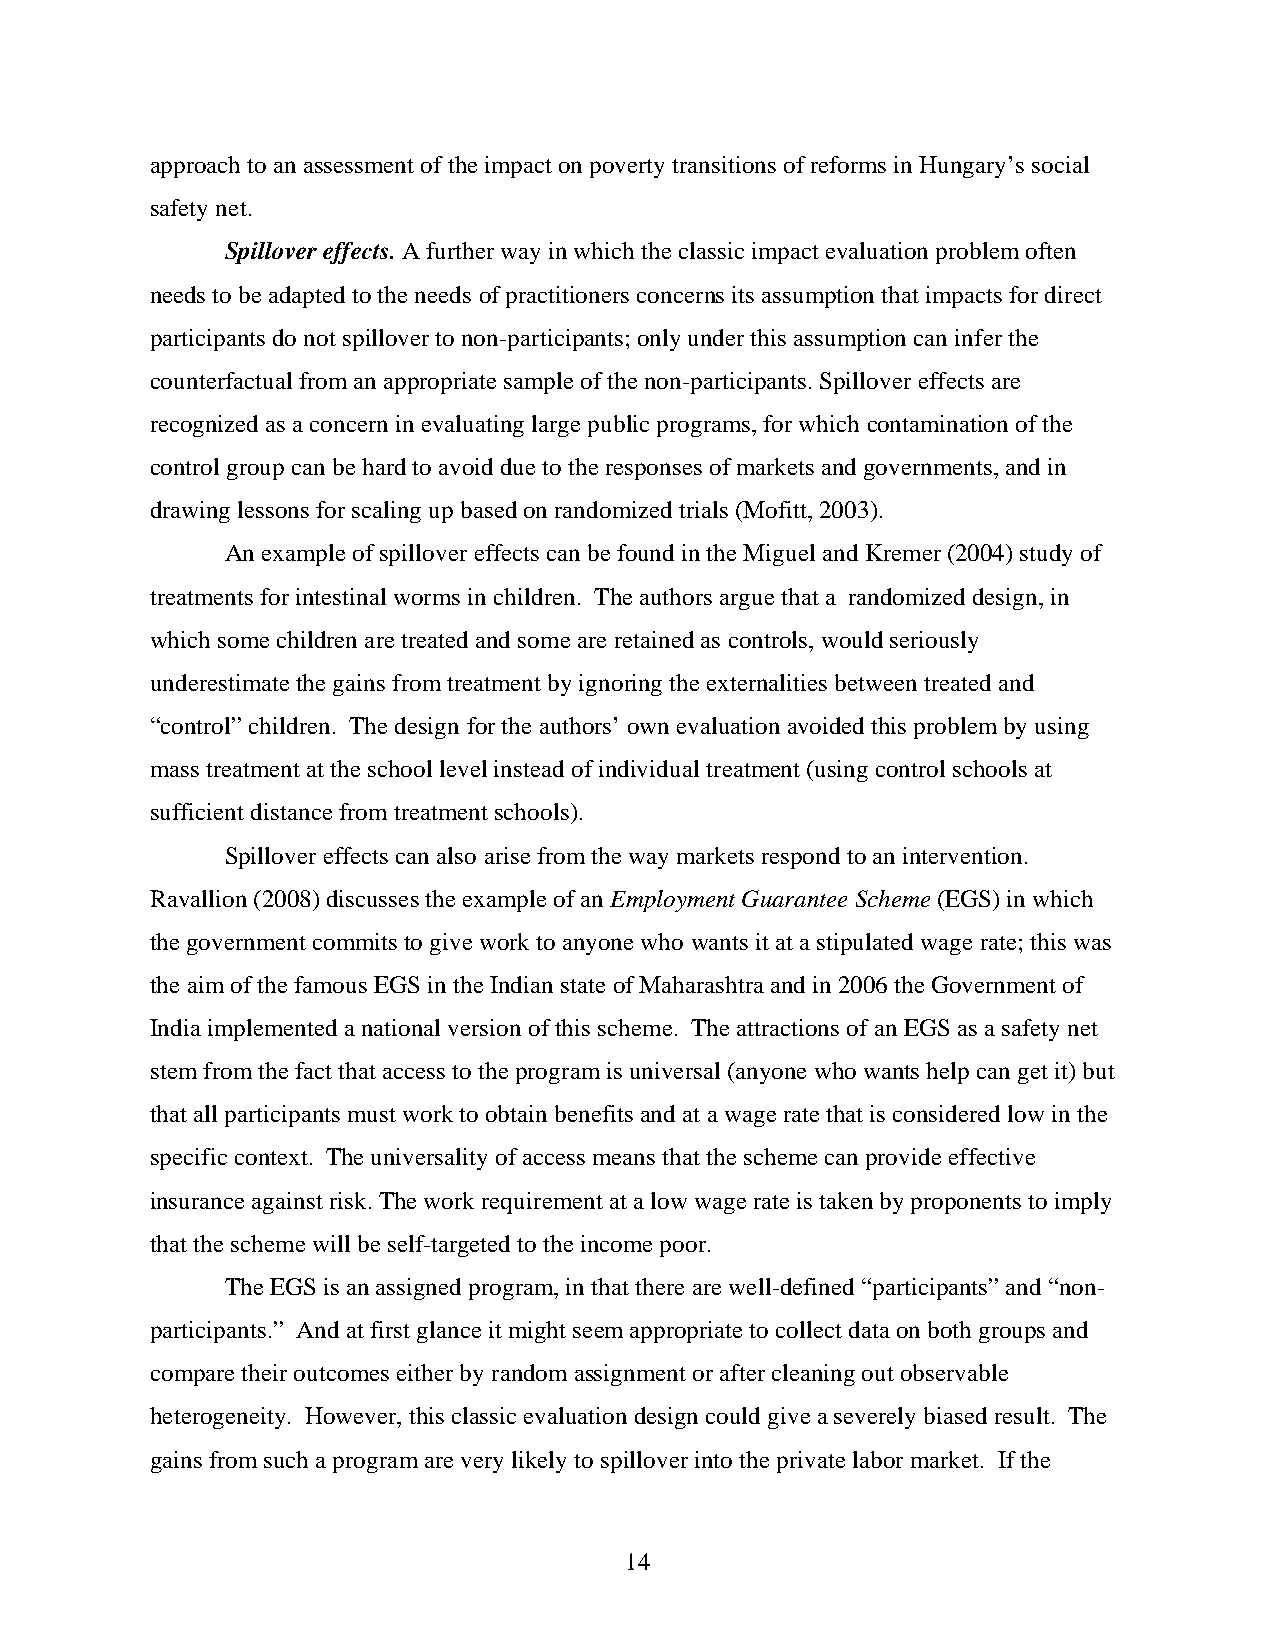
approach to an assessment of the impact on poverty transitions of reforms in Hungary’s social
 safety net.
 Spillover effects. A further way in which the classic impact evaluation problem often
 needs to be adapted to the needs of practitioners concerns its assumption that impacts for direct
 participants do not spillover to non-participants; only under this assumption can infer the
 counterfactual from an appropriate sample of the non-participants. Spillover effects are
 recognized as a concern in evaluating large public programs, for which contamination of the
 control group can be hard to avoid due to the responses of markets and governments, and in
 drawing lessons for scaling up based on randomized trials (Mofitt, 2003).
 An example of spillover effects can be found in the Miguel and Kremer (2004) study of
 treatments for intestinal worms in children. The authors argue that a randomized design, in
 which some children are treated and some are retained as controls, would seriously
 underestimate the gains from treatment by ignoring the externalities between treated and
 “control” children. The design for the authors’ own evaluation avoided this problem by using
 mass treatment at the school level instead of individual treatment (using control schools at
 sufficient distance from treatment schools).
 Spillover effects can also arise from the way markets respond to an intervention.
 Ravallion (2008) discusses the example of an Employment Guarantee Scheme (EGS) in which
 the government commits to give work to anyone who wants it at a stipulated wage rate; this was
 the aim of the famous EGS in the Indian state of Maharashtra and in 2006 the Government of
 India implemented a national version of this scheme. The attractions of an EGS as a safety net
 stem from the fact that access to the program is universal (anyone who wants help can get it) but
 that all participants must work to obtain benefits and at a wage rate that is considered low in the
 specific context. The universality of access means that the scheme can provide effective
 insurance against risk. The work requirement at a low wage rate is taken by proponents to imply
 that the scheme will be self-targeted to the income poor.
 The EGS is an assigned program, in that there are well-defined “participants” and “non-
 participants.” And at first glance it might seem appropriate to collect data on both groups and
 compare their outcomes either by random assignment or after cleaning out observable
 heterogeneity. However, this classic evaluation design could give a severely biased result. The
 gains from such a program are very likely to spillover into the private labor market. If the
 14